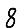
Digit: 8